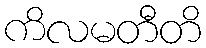
ကိလမတီတိ